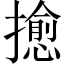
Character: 𢷀